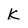
Character: k